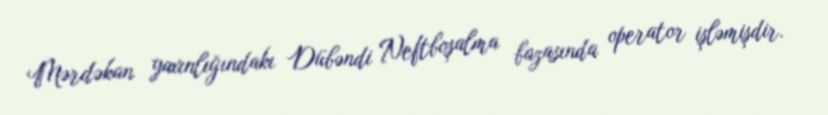
Mərdəkan yaxınlığındakı Dübəndi Neftboşalma bazasında operator işləmişdir.